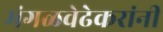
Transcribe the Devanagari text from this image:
मंगळवेढेकरांनी